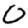
Digit: 0